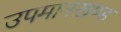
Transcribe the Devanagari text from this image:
उपमानखण्ड